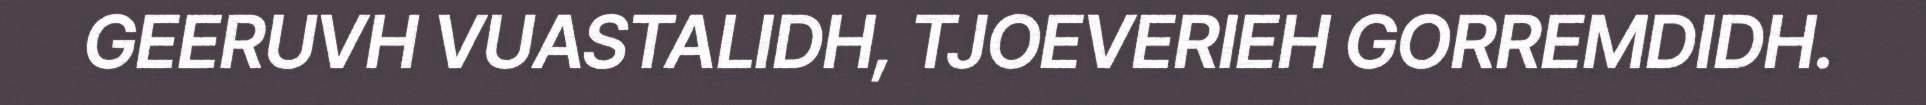
GEERUVH VUASTALIDH, TJOEVERIEH GORREMDIDH.